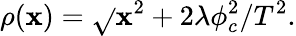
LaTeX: \rho(\mathbf{x})=\sqrt{}{{\mathbf{x}^{2}+2\lambda\phi_{c}^{2}/T^{2}}}.